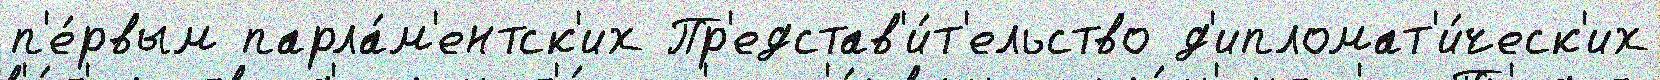
п'е́рвым парла́м'ентск'их Пр'едстав'и́т'ельство д'ипломат'и́ческ'их